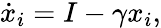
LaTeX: \dot{{x}}_{i}=I-\gamma{{x_{i}}},